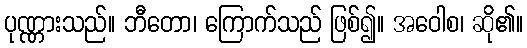
ပုဏ္ဏားသည်။ ဘီတော၊ ကြောက်သည် ဖြစ်၍။ အဝေါစ၊ ဆို၏။